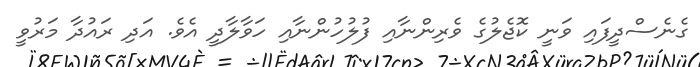
ގެނެސްދީފައި ވަނީ ކޮޖެލުގެ ވެރިންނާއި ފުލުހުންނާއި ހަވާލާދީ އެވެ. އަދި ރައުދާ މަރުވީ